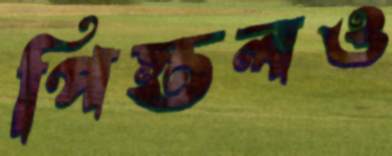
পিস্তলও